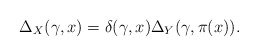
\begin{align*}\Delta_X(\gamma, x)=\delta(\gamma, x)\Delta_Y(\gamma,\pi(x)).\end{align*}